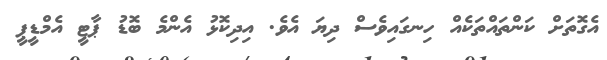
އެގޮތަށް ކަންތައްތަކެއް ހިނގައިވެސް ދިޔަ އެވެ. އިދިކޮޅު އެންމެ ބޮޑު ޕާޓީ އެމްޑީޕީ